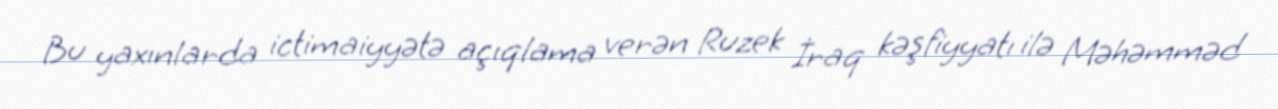
Bu yaxınlarda ictimaiyyətə açıqlama verən Ruzek İraq kəşfiyyatı ilə Məhəmməd